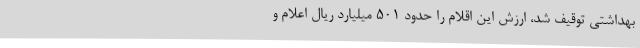
بهداشتی توقیف شد، ارزش این اقلام را حدود 501 میلیارد ریال اعلام و